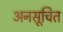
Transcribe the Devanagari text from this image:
अनसूचित